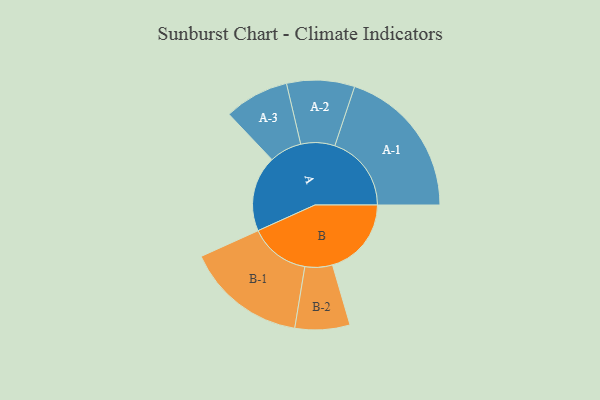
{"axis": {"x": "Segment", "y": "Value"}, "legend": ["", "A", "B"], "data": [{"x": "A", "y": 290, "type": ""}, {"x": "B", "y": 302, "type": ""}, {"x": "A-1", "y": 293, "type": "A"}, {"x": "A-2", "y": 130, "type": "A"}, {"x": "A-3", "y": 124, "type": "A"}, {"x": "B-1", "y": 231, "type": "B"}, {"x": "B-2", "y": 105, "type": "B"}]}